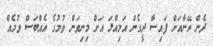
ދެން އޭނާއަށް ފައިސާ ދީގެން އަމިއްލަ އަށް މިނިވަން ވުމުގެ އެއްބަސް ވުމެއް